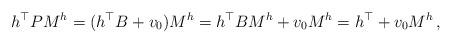
LaTeX: \begin{align*}h^\top P M^{h} &= (h^\top B + v_0) M^{h} = h^\top B M^{h} + v_0 M^{h}= h^\top + v_0 M^{h} \,, \end{align*}